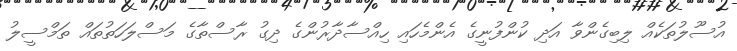
އުސޫލުތަކެއް ލިބިގެންވާ އަދި ކުންފުނީގެ އެންމެހައި ހިއްސާދާރުންގެ ދިގު ރާސްތާގެ މަސްލަހަތުތައް ތަމްސީލު